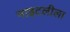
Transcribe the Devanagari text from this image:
नाइटलीला